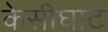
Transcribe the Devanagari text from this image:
केसीघाट